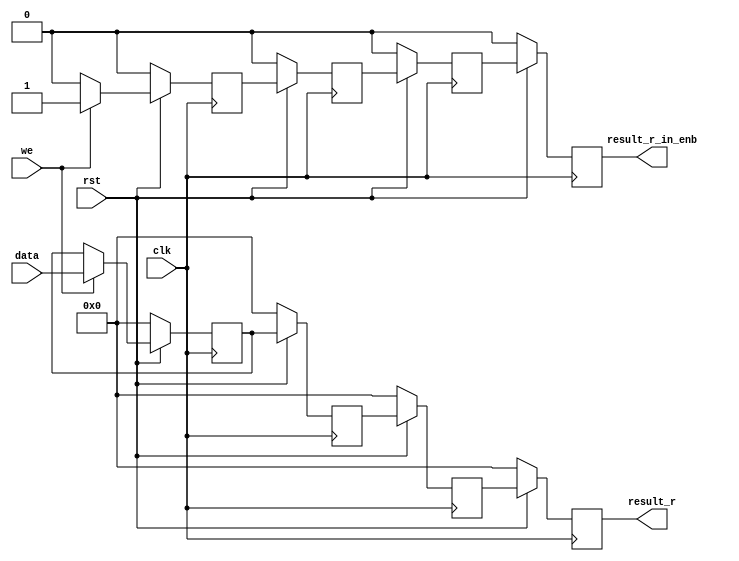

module ext_logic #(
    
    //  PARAMETERS
    parameter bus_width   = 32,
    parameter addr_width  = 14,
    
    parameter block_offset  = {(addr_width){1'b0}},
    
    
    parameter Block1_address_width = addr_width
    )
    
    (
		input rst,			// reset given from master
		input clk, 			// clock from the master
		input [31:0]data, 	// data from ids slave
		input	 we,      	// write enable signal from slave
		output reg [31:0]result_r,   	// result given to slave
		output reg result_r_in_enb
    );
    reg [31:0]result_0;
    reg [31:0]result_1;
    reg [31:0]result_2;
    reg result_r_in_enb_0;
    reg result_r_in_enb_1;
    reg result_r_in_enb_2;
 
    always@(posedge clk)
    begin
	    if(!rst)
	    begin
		    result_0=32'h0;
		    result_r_in_enb_0 <='b0;
	    end
	    else
	    begin
		    if(we)
		    begin
			    result_0=data;
			    result_r_in_enb_0 <='b1;
		    end					
		    else
			    result_r_in_enb_0 <='b0;
	    end
    end
		    
    always @(posedge clk)
        begin
        if(!rst)
            begin
                result_1 <=32'b0;
                result_2 <=32'b0;
                result_r <= 32'b0;

		result_r_in_enb <='b0;    
    		result_r_in_enb_1 <='b0;  
    		result_r_in_enb_2 <='b0;  
            end
        else
            begin
		// for data send stages
                result_1 <= result_0;
                result_2 <= result_1;
                result_r <= result_2;
                // for enable signal stages		
		result_r_in_enb_1 <= result_r_in_enb_0;
                result_r_in_enb_2 <= result_r_in_enb_1;
                result_r_in_enb   <= result_r_in_enb_2;
            end
    end  //always clk
	

	
endmodule